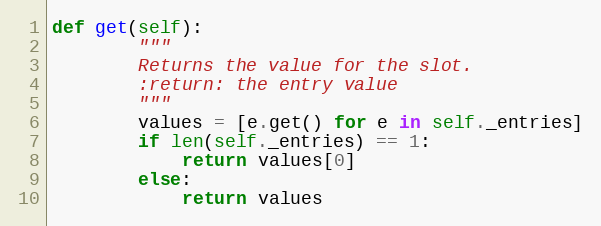
Language: Python
def get(self):
        """
        Returns the value for the slot.
        :return: the entry value
        """
        values = [e.get() for e in self._entries]
        if len(self._entries) == 1:
            return values[0]
        else:
            return values